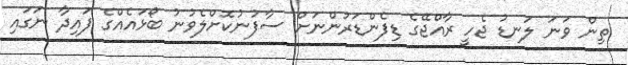
ތިން ވަނަ ލަނޑު ޖެހީ ރާއްޖޭގެ ޑިފެންޑަރުންނަށް ސާފުނުކޮށްލެވުނު ބޯޅައެއްގެ ފައިދާ ނަގައި